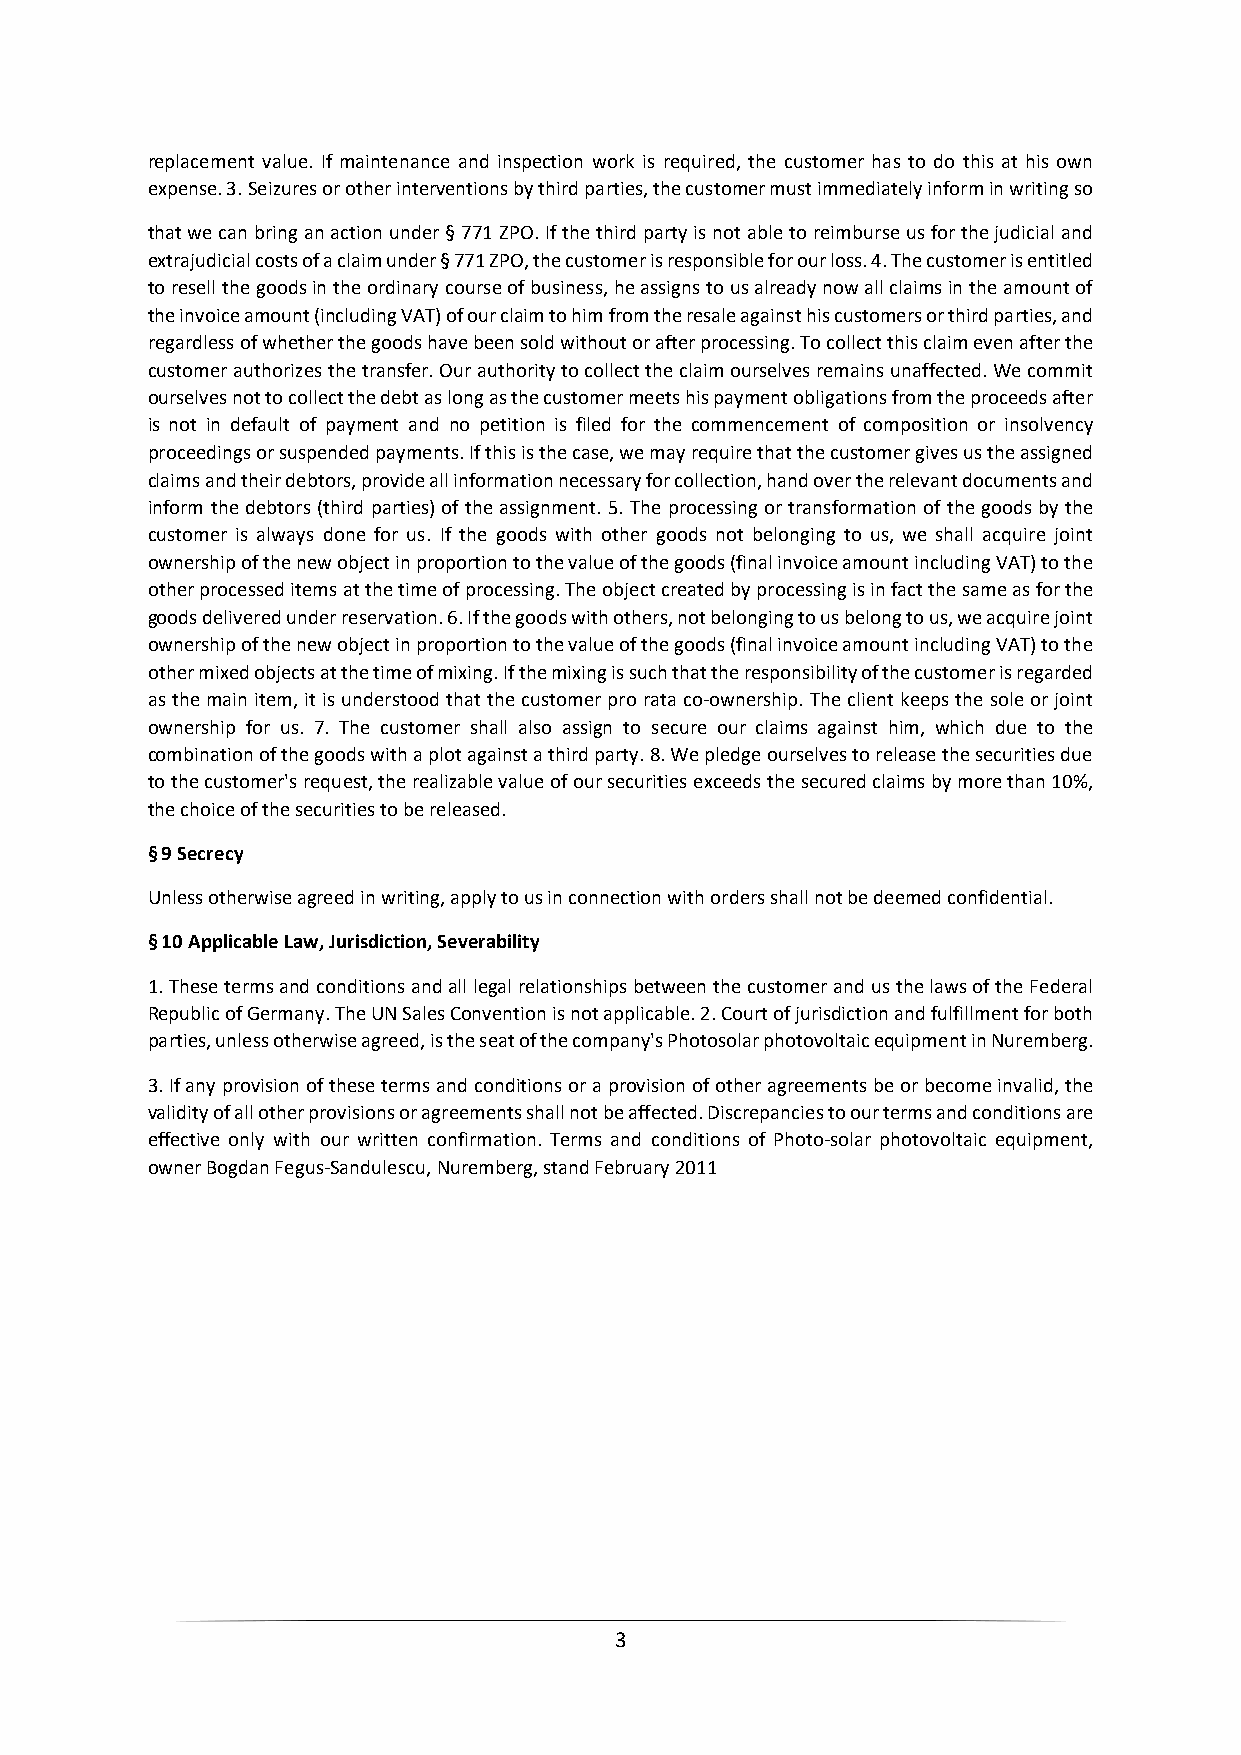
replacement value. If maintenance and inspection work is required, the customer has to do this at his own
 expense. 3. Seizures or other interventions by third parties, the customer must immediately inform in writing so
 that we can bring an action under § 771 ZPO. If the third party is not able to reimburse us for the judicial and
 extrajudicial costs of a claim under § 771 ZPO, the customer is responsible for our loss. 4. The customer is entitled
 to resell the goods in the ordinary course of business, he assigns to us already now all claims in the amount of
 the invoice amount (including VAT) of our claim to him from the resale against his customers or third parties, and
 regardless of whether the goods have been sold without or after processing. To collect this claim even after the
 customer authorizes the transfer. Our authority to collect the claim ourselves remains unaffected. We commit
 ourselves not to collect the debt as long as the customer meets his payment obligations from the proceeds after
 is not in default of payment and no petition is filed for the commencement of composition or insolvency
 proceedings or suspended payments. If this is the case, we may require that the customer gives us the assigned
 claims and their debtors, provide all information necessary for collection, hand over the relevant documents and
 inform the debtors (third parties) of the assignment. 5. The processing or transformation of the goods by the
 customer is always done for us. If the goods with other goods not belonging to us, we shall acquire joint
 ownership of the new object in proportion to the value of the goods (final invoice amount including VAT) to the
 other processed items at the time of processing. The object created by processing is in fact the same as for the
 goods delivered under reservation. 6. If the goods with others, not belonging to us belong to us, we acquire joint
 ownership of the new object in proportion to the value of the goods (final invoice amount including VAT) to the
 other mixed objects at the time of mixing. If the mixing is such that the responsibility of the customer is regarded
 as the main item, it is understood that the customer pro rata co-ownership. The client keeps the sole or joint
 ownership for us. 7. The customer shall also assign to secure our claims against him, which due to the
 combination of the goods with a plot against a third party. 8. We pledge ourselves to release the securities due
 to the customer's request, the realizable value of our securities exceeds the secured claims by more than 10%,
 the choice of the securities to be released.
 § 9 Secrecy
 Unless otherwise agreed in writing, apply to us in connection with orders shall not be deemed confidential.
 § 10 Applicable Law, Jurisdiction, Severability
 1. These terms and conditions and all legal relationships between the customer and us the laws of the Federal
 Republic of Germany. The UN Sales Convention is not applicable. 2. Court of jurisdiction and fulfillment for both
 parties, unless otherwise agreed, is the seat of the company's Photosolar photovoltaic equipment in Nuremberg.
 3. If any provision of these terms and conditions or a provision of other agreements be or become invalid, the
 validity of all other provisions or agreements shall not be affected. Discrepancies to our terms and conditions are
 effective only with our written confirmation. Terms and conditions of Photo-solar photovoltaic equipment,
 owner Bogdan Fegus-Sandulescu, Nuremberg, stand February 2011
 3